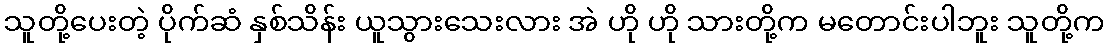
သူတို့ပေးတဲ့ ပိုက်ဆံ နှစ်သိန်း ယူသွားသေးလား အဲ ဟို ဟို သားတို့က မတောင်းပါဘူး သူတို့က